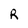
Character: R